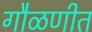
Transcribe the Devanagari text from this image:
गौळणीत